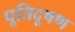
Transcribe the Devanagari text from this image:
पूतिदूषण